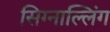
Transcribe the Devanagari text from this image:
सिग्नाल्लिंग